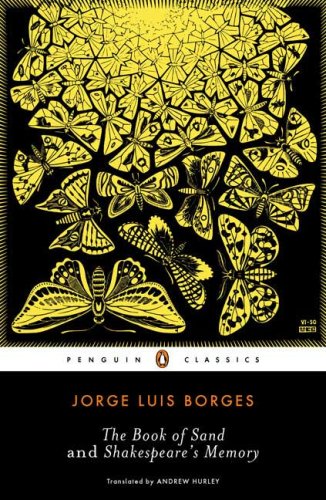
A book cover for The Book of Sand and Shakespeare's Memory (Penguin Classics); Jorge Luis Borges; Literature & Fiction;